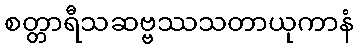
စတ္တာရီသဆဗ္ဗဿသတာယုကာနံ